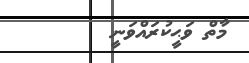
މާތް ވަޙީކުރައްވަނީ